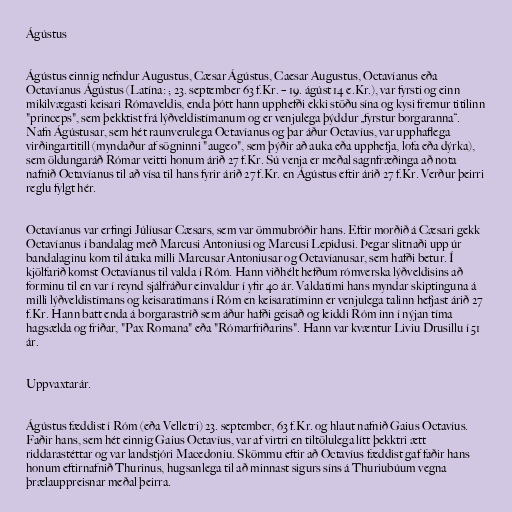
Ágústus

Ágústus einnig nefndur Augustus, Cæsar Ágústus, Caesar Augustus, Octavíanus eða
Octavíanus Ágústus (Latína: ; 23. september 63 f.Kr. – 19. ágúst 14 e.Kr.), var fyrsti og einn
mikilvægasti keisari Rómaveldis, enda þótt hann upphefði ekki stöðu sína og kysi fremur titilinn
"princeps", sem þekktist frá lýðveldistímanum og er venjulega þýddur „fyrstur borgaranna“.
Nafn Ágústusar, sem hét raunverulega Octavíanus og þar áður Octavíus, var upphaflega
virðingartitill (myndaður af sögninni "augeo", sem þýðir að auka eða upphefja, lofa eða dýrka),
sem öldungaráð Rómar veitti honum árið 27 f.Kr. Sú venja er meðal sagnfræðinga að nota
nafnið Octavíanus til að vísa til hans fyrir árið 27 f.Kr. en Ágústus eftir árið 27 f.Kr. Verður þeirri
reglu fylgt hér.

Octavíanus var erfingi Júlíusar Cæsars, sem var ömmubróðir hans. Eftir morðið á Cæsari gekk
Octavíanus í bandalag með Marcusi Antoniusi og Marcusi Lepidusi. Þegar slitnaði upp úr
bandalaginu kom til átaka milli Marcusar Antoniusar og Octavíanusar, sem hafði betur. Í
kjölfarið komst Octavíanus til valda í Róm. Hann viðhélt hefðum rómverska lýðveldisins að
forminu til en var í reynd sjálfráður einvaldur í yfir 40 ár. Valdatími hans myndar skiptinguna á
milli lýðveldistímans og keisaratímans í Róm en keisaratíminn er venjulega talinn hefjast árið 27
f.Kr. Hann batt enda á borgarastríð sem áður hafði geisað og leiddi Róm inn í nýjan tíma
hagsælda og friðar, "Pax Romana" eða "Rómarfriðarins". Hann var kvæntur Liviu Drusillu í 51
ár.

Uppvaxtarár.

Ágústus fæddist í Róm (eða Velletri) 23. september, 63 f.Kr. og hlaut nafnið Gaius Octavíus.
Faðir hans, sem hét einnig Gaius Octavíus, var af virtri en tiltölulega lítt þekktri ætt
riddarastéttar og var landstjóri Macedoniu. Skömmu eftir að Octavíus fæddist gaf faðir hans
honum eftirnafnið Thurinus, hugsanlega til að minnast sigurs síns á Thuriubúum vegna
þrælauppreisnar meðal þeirra.